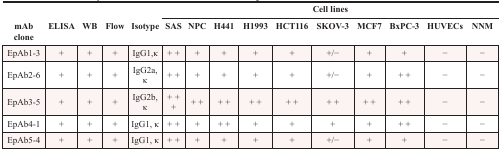
<table><thead><tr><td colspan="5"></td><td colspan="10"><b>Cell lines</b></td></tr><tr><td><b>mAb clone</b></td><td><b>ELISA</b></td><td><b>WB</b></td><td><b>Flow</b></td><td><b>Isotype</b></td><td><b>SAS</b></td><td><b>NPC</b></td><td><b>H441</b></td><td><b>H1993</b></td><td><b>HCT116</b></td><td><b>SKOV-3</b></td><td><b>MCF7</b></td><td><b>BxPC-3</b></td><td><b>HUVECs</b></td><td><b>NNM</b></td></tr></thead><tbody><tr><td>EpAb1-3</td><td>+</td><td>+</td><td>+</td><td>IgG1,κ</td><td>+ +</td><td>+</td><td>+</td><td>+</td><td>+</td><td>+/−</td><td>+</td><td>+</td><td>−</td><td>−</td></tr><tr><td>EpAb2-6</td><td>+</td><td>+</td><td>+</td><td>IgG2a, κ</td><td>+ +</td><td>+</td><td>+</td><td>+</td><td>+</td><td>+/−</td><td>+</td><td>+ +</td><td>−</td><td>−</td></tr><tr><td>EpAb3-5</td><td>+</td><td>+</td><td>+</td><td>IgG2b, κ</td><td>+ + +</td><td>+ +</td><td>+ +</td><td>+ +</td><td>+ +</td><td>+ +</td><td>+ +</td><td>+ +</td><td>−</td><td>−</td></tr><tr><td>EpAb4-1</td><td>+</td><td>+</td><td>+</td><td>IgG1, κ</td><td>+ +</td><td>+</td><td>+ +</td><td>+</td><td>+</td><td>+</td><td>+</td><td>+ +</td><td>−</td><td>−</td></tr><tr><td>EpAb5-4</td><td>+</td><td>+</td><td>+</td><td>IgG1, κ</td><td>+ +</td><td>+</td><td>+</td><td>+</td><td>+</td><td>+/−</td><td>+</td><td>+</td><td>−</td><td>−</td></tr></tbody></table>